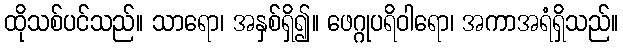
ထိုသစ်ပင်သည်။ သာရော၊ အနှစ်ရှိ၍။ ဖေဂ္ဂုပရိဝါရော၊ အကာအရံရှိသည်။